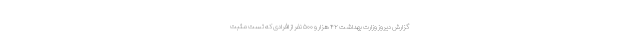
گزارش دیروز وزارت بهداشت ۴۲ هزار و ۵۰۰ نفر از افرادی که تست مثبت